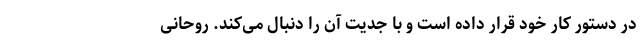
در دستور کار خود قرار داده است و با جدیت آن را دنبال می‌کند. روحانی